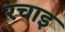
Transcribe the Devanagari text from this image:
रचाइ